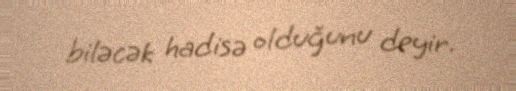
biləcək hadisə olduğunu deyir.